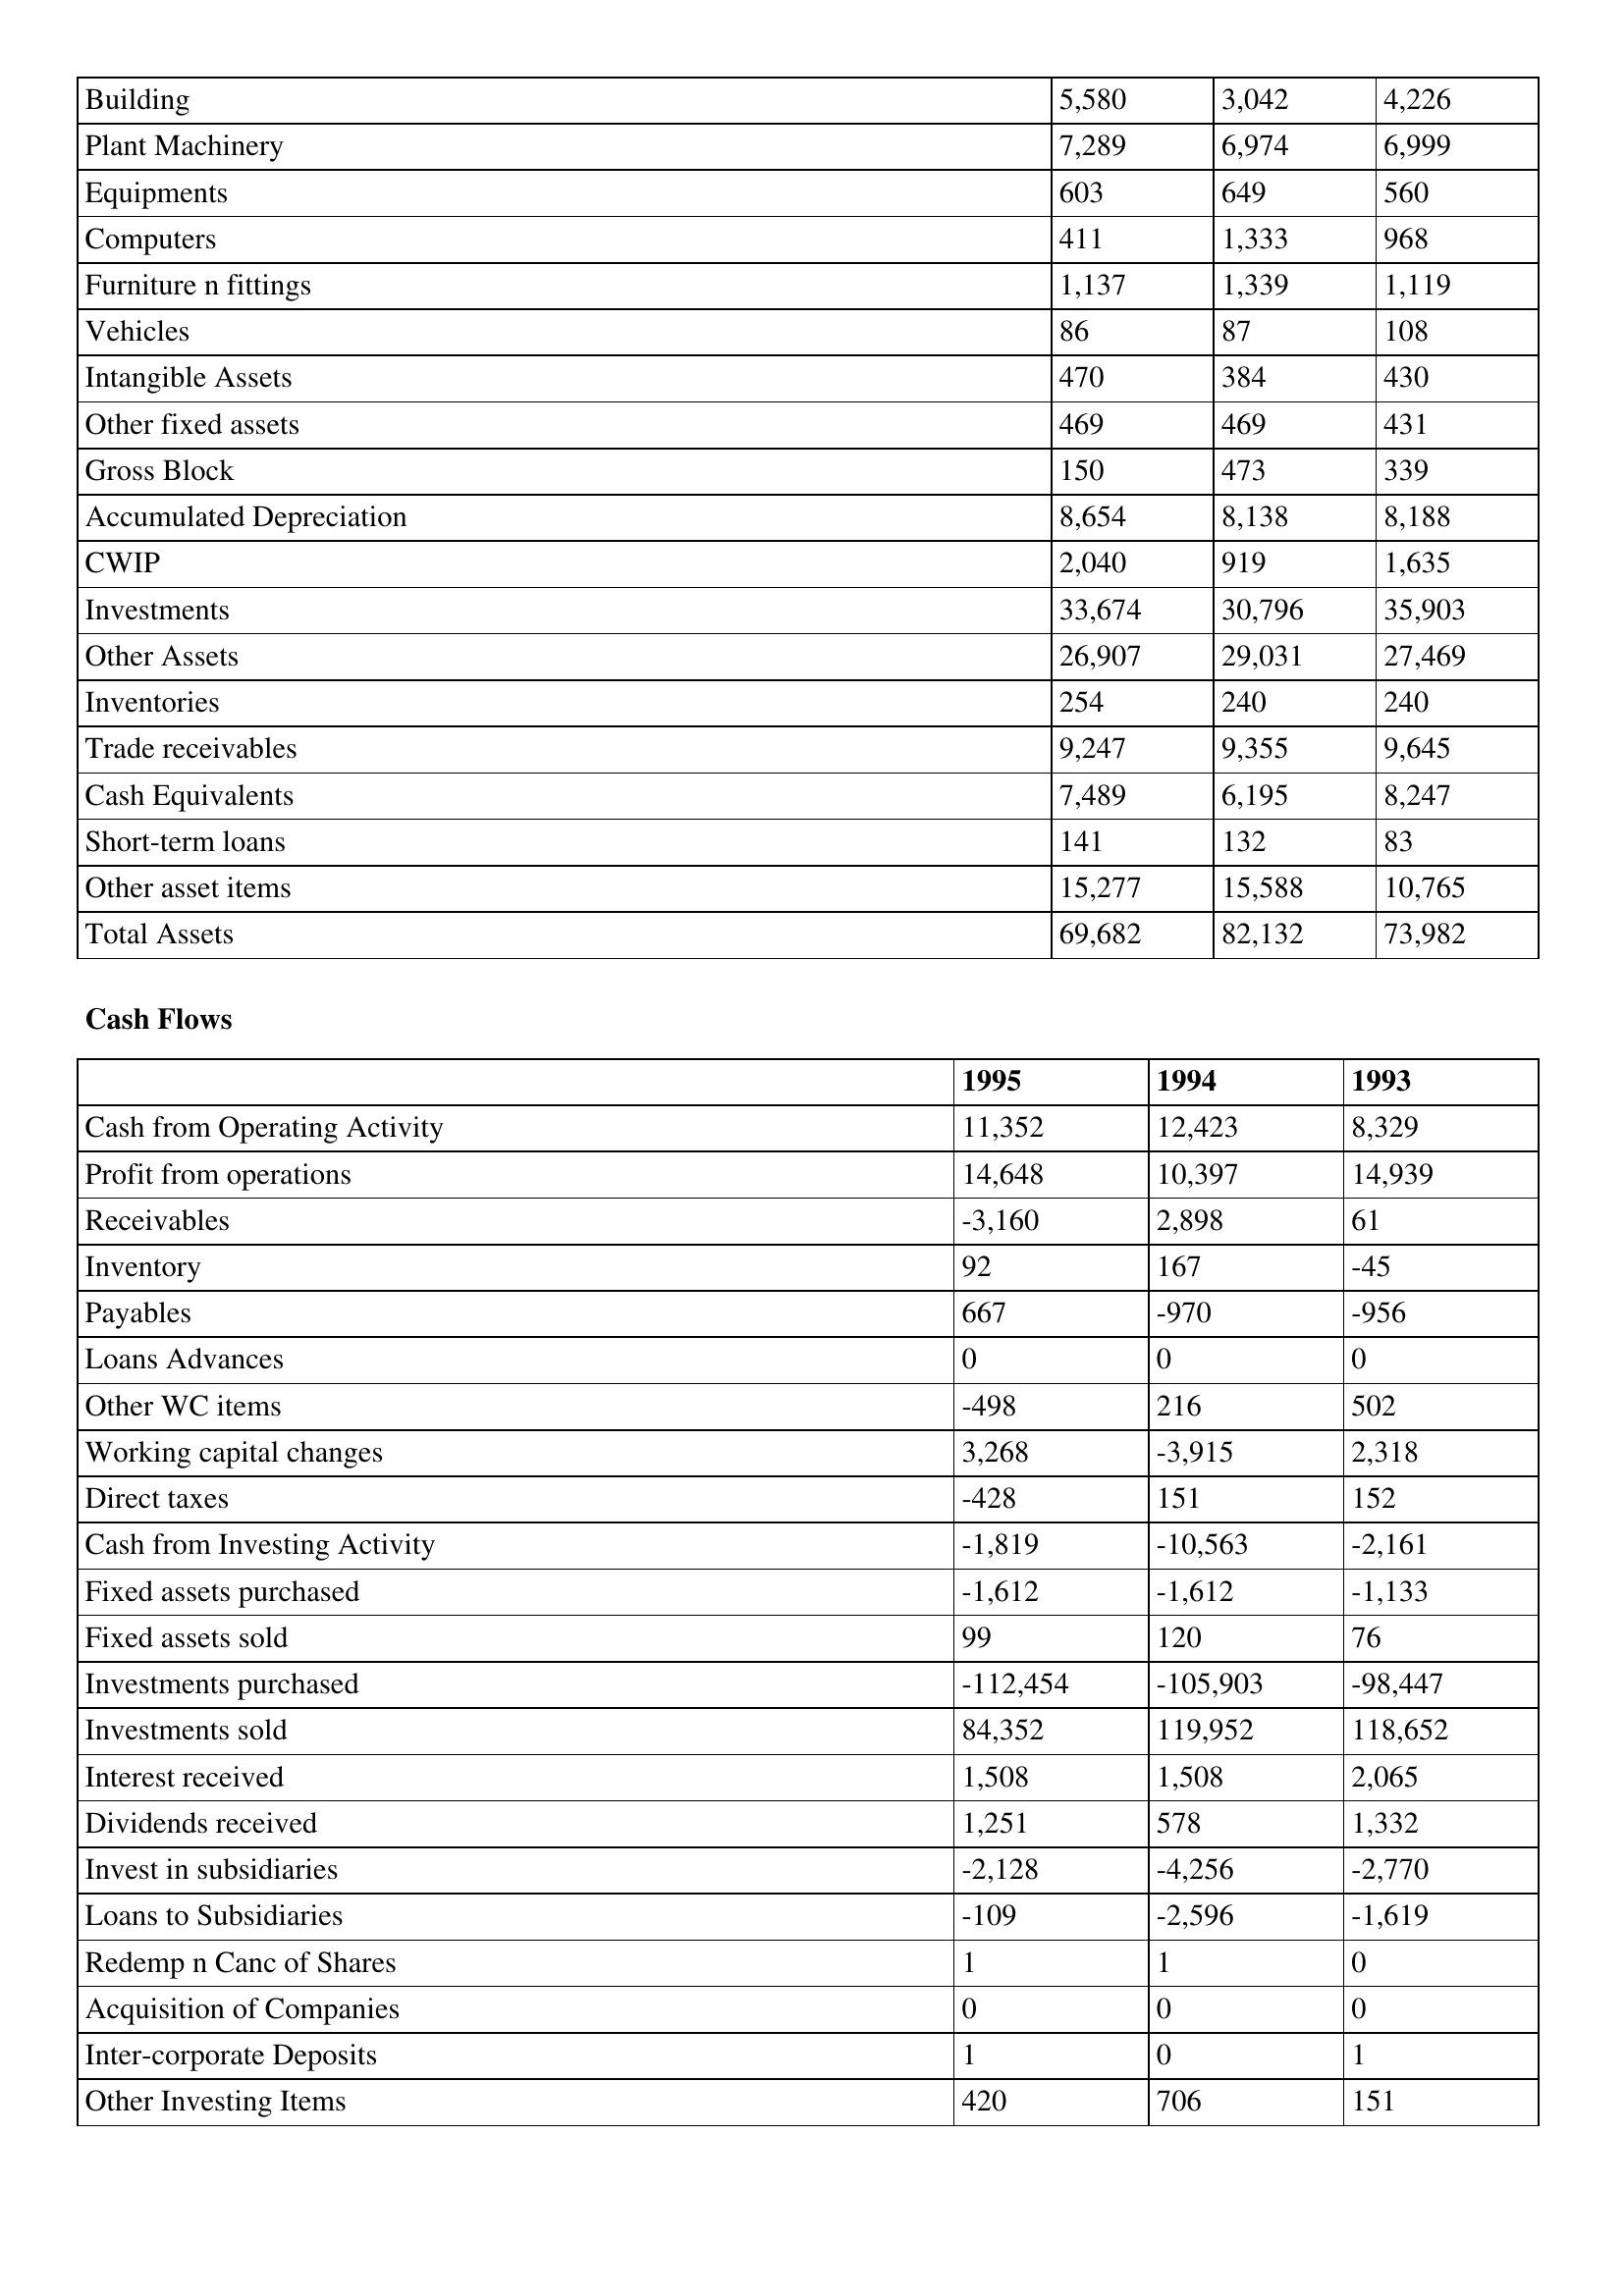
gt_parse: 1995: Balance Sheet: Building: 5,580
Plant Machinery: 7,289
Equipments: 603
Computers: 411
Furniture n fittings: 1,137
Vehicles: 86
Intangible Assets: 470
Other fixed assets: 469
Gross Block: 150
Accumulated Depreciation: 8,654
CWIP: 2,040
Investments: 33,674
Other Assets: 26,907
Inventories: 254
Trade receivables: 9,247
Cash Equivalents: 7,489
Short-term loans: 141
Other asset items: 15,277
Total Assets: 69,682
Cash Flows: Cash from Operating Activity: 11,352
Profit from operations: 14,648
Receivables: -3,160
Inventory: 92
Payables: 667
Loans Advances: 0
Other WC items: -498
Working capital changes: 3,268
Direct taxes: -428
Cash from Investing Activity: -1,819
Fixed assets purchased: -1,612
Fixed assets sold: 99
Investments purchased: -112,454
Investments sold: 84,352
Interest received: 1,508
Dividends received: 1,251
Invest in subsidiaries: -2,128
Loans to Subsidiaries: -109
Redemp n Canc of Shares: 1
Acquisition of Companies: 0
Inter-corporate Deposits: 1
Other Investing Items: 420
1994: Balance Sheet: Building: 3,042
Plant Machinery: 6,974
Equipments: 649
Computers: 1,333
Furniture n fittings: 1,339
Vehicles: 87
Intangible Assets: 384
Other fixed assets: 469
Gross Block: 473
Accumulated Depreciation: 8,138
CWIP: 919
Investments: 30,796
Other Assets: 29,031
Inventories: 240
Trade receivables: 9,355
Cash Equivalents: 6,195
Short-term loans: 132
Other asset items: 15,588
Total Assets: 82,132
Cash Flows: Cash from Operating Activity: 12,423
Profit from operations: 10,397
Receivables: 2,898
Inventory: 167
Payables: -970
Loans Advances: 0
Other WC items: 216
Working capital changes: -3,915
Direct taxes: 151
Cash from Investing Activity: -10,563
Fixed assets purchased: -1,612
Fixed assets sold: 120
Investments purchased: -105,903
Investments sold: 119,952
Interest received: 1,508
Dividends received: 578
Invest in subsidiaries: -4,256
Loans to Subsidiaries: -2,596
Redemp n Canc of Shares: 1
Acquisition of Companies: 0
Inter-corporate Deposits: 0
Other Investing Items: 706
1993: Balance Sheet: Building: 4,226
Plant Machinery: 6,999
Equipments: 560
Computers: 968
Furniture n fittings: 1,119
Vehicles: 108
Intangible Assets: 430
Other fixed assets: 431
Gross Block: 339
Accumulated Depreciation: 8,188
CWIP: 1,635
Investments: 35,903
Other Assets: 27,469
Inventories: 240
Trade receivables: 9,645
Cash Equivalents: 8,247
Short-term loans: 83
Other asset items: 10,765
Total Assets: 73,982
Cash Flows: Cash from Operating Activity: 8,329
Profit from operations: 14,939
Receivables: 61
Inventory: -45
Payables: -956
Loans Advances: 0
Other WC items: 502
Working capital changes: 2,318
Direct taxes: 152
Cash from Investing Activity: -2,161
Fixed assets purchased: -1,133
Fixed assets sold: 76
Investments purchased: -98,447
Investments sold: 118,652
Interest received: 2,065
Dividends received: 1,332
Invest in subsidiaries: -2,770
Loans to Subsidiaries: -1,619
Redemp n Canc of Shares: 0
Acquisition of Companies: 0
Inter-corporate Deposits: 1
Other Investing Items: 151